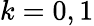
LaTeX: k=0,1